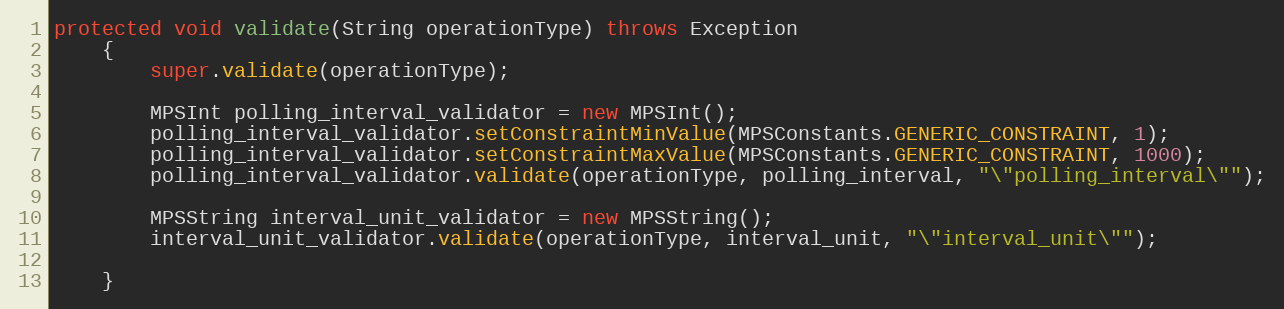
Language: Java
protected void validate(String operationType) throws Exception
	{
		super.validate(operationType);

		MPSInt polling_interval_validator = new MPSInt();
		polling_interval_validator.setConstraintMinValue(MPSConstants.GENERIC_CONSTRAINT, 1);
		polling_interval_validator.setConstraintMaxValue(MPSConstants.GENERIC_CONSTRAINT, 1000);
		polling_interval_validator.validate(operationType, polling_interval, "\"polling_interval\"");

		MPSString interval_unit_validator = new MPSString();
		interval_unit_validator.validate(operationType, interval_unit, "\"interval_unit\"");

	}